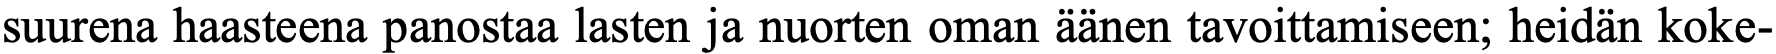
suurena haasteena panostaa lasten ja nuorten oman äänen tavoittamiseen; heidän koke-